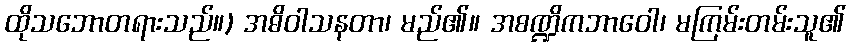
ထိုသဘောတရားသည်။) အဓိဝါသနတာ၊ မည်၏။ အစဏ္ဍိကဘာဝေါ၊ မကြမ်းတမ်းသူ၏